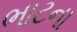
ભાટના